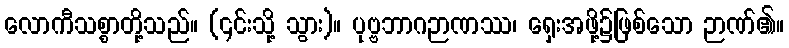
လောကီသစ္စာတို့သည်။ (၎င်းသို့ သွား)။ ပုဗ္ဗဘာဂဉာဏဿ၊ ရှေးအဖို့၌ဖြစ်သော ဉာဏ်၏။